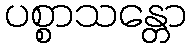
ပစ္စာသန္တော